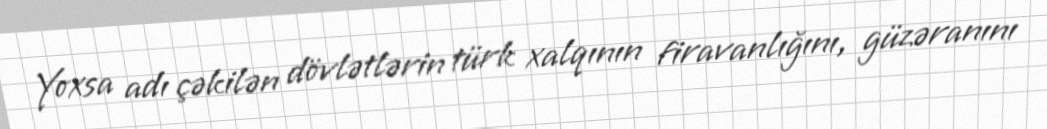
Yoxsa adı çəkilən dövlətlərin türk xalqının firavanlığını, güzəranını